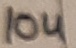
Text: 10u